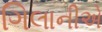
ગિલાનીએ